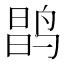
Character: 𲍽